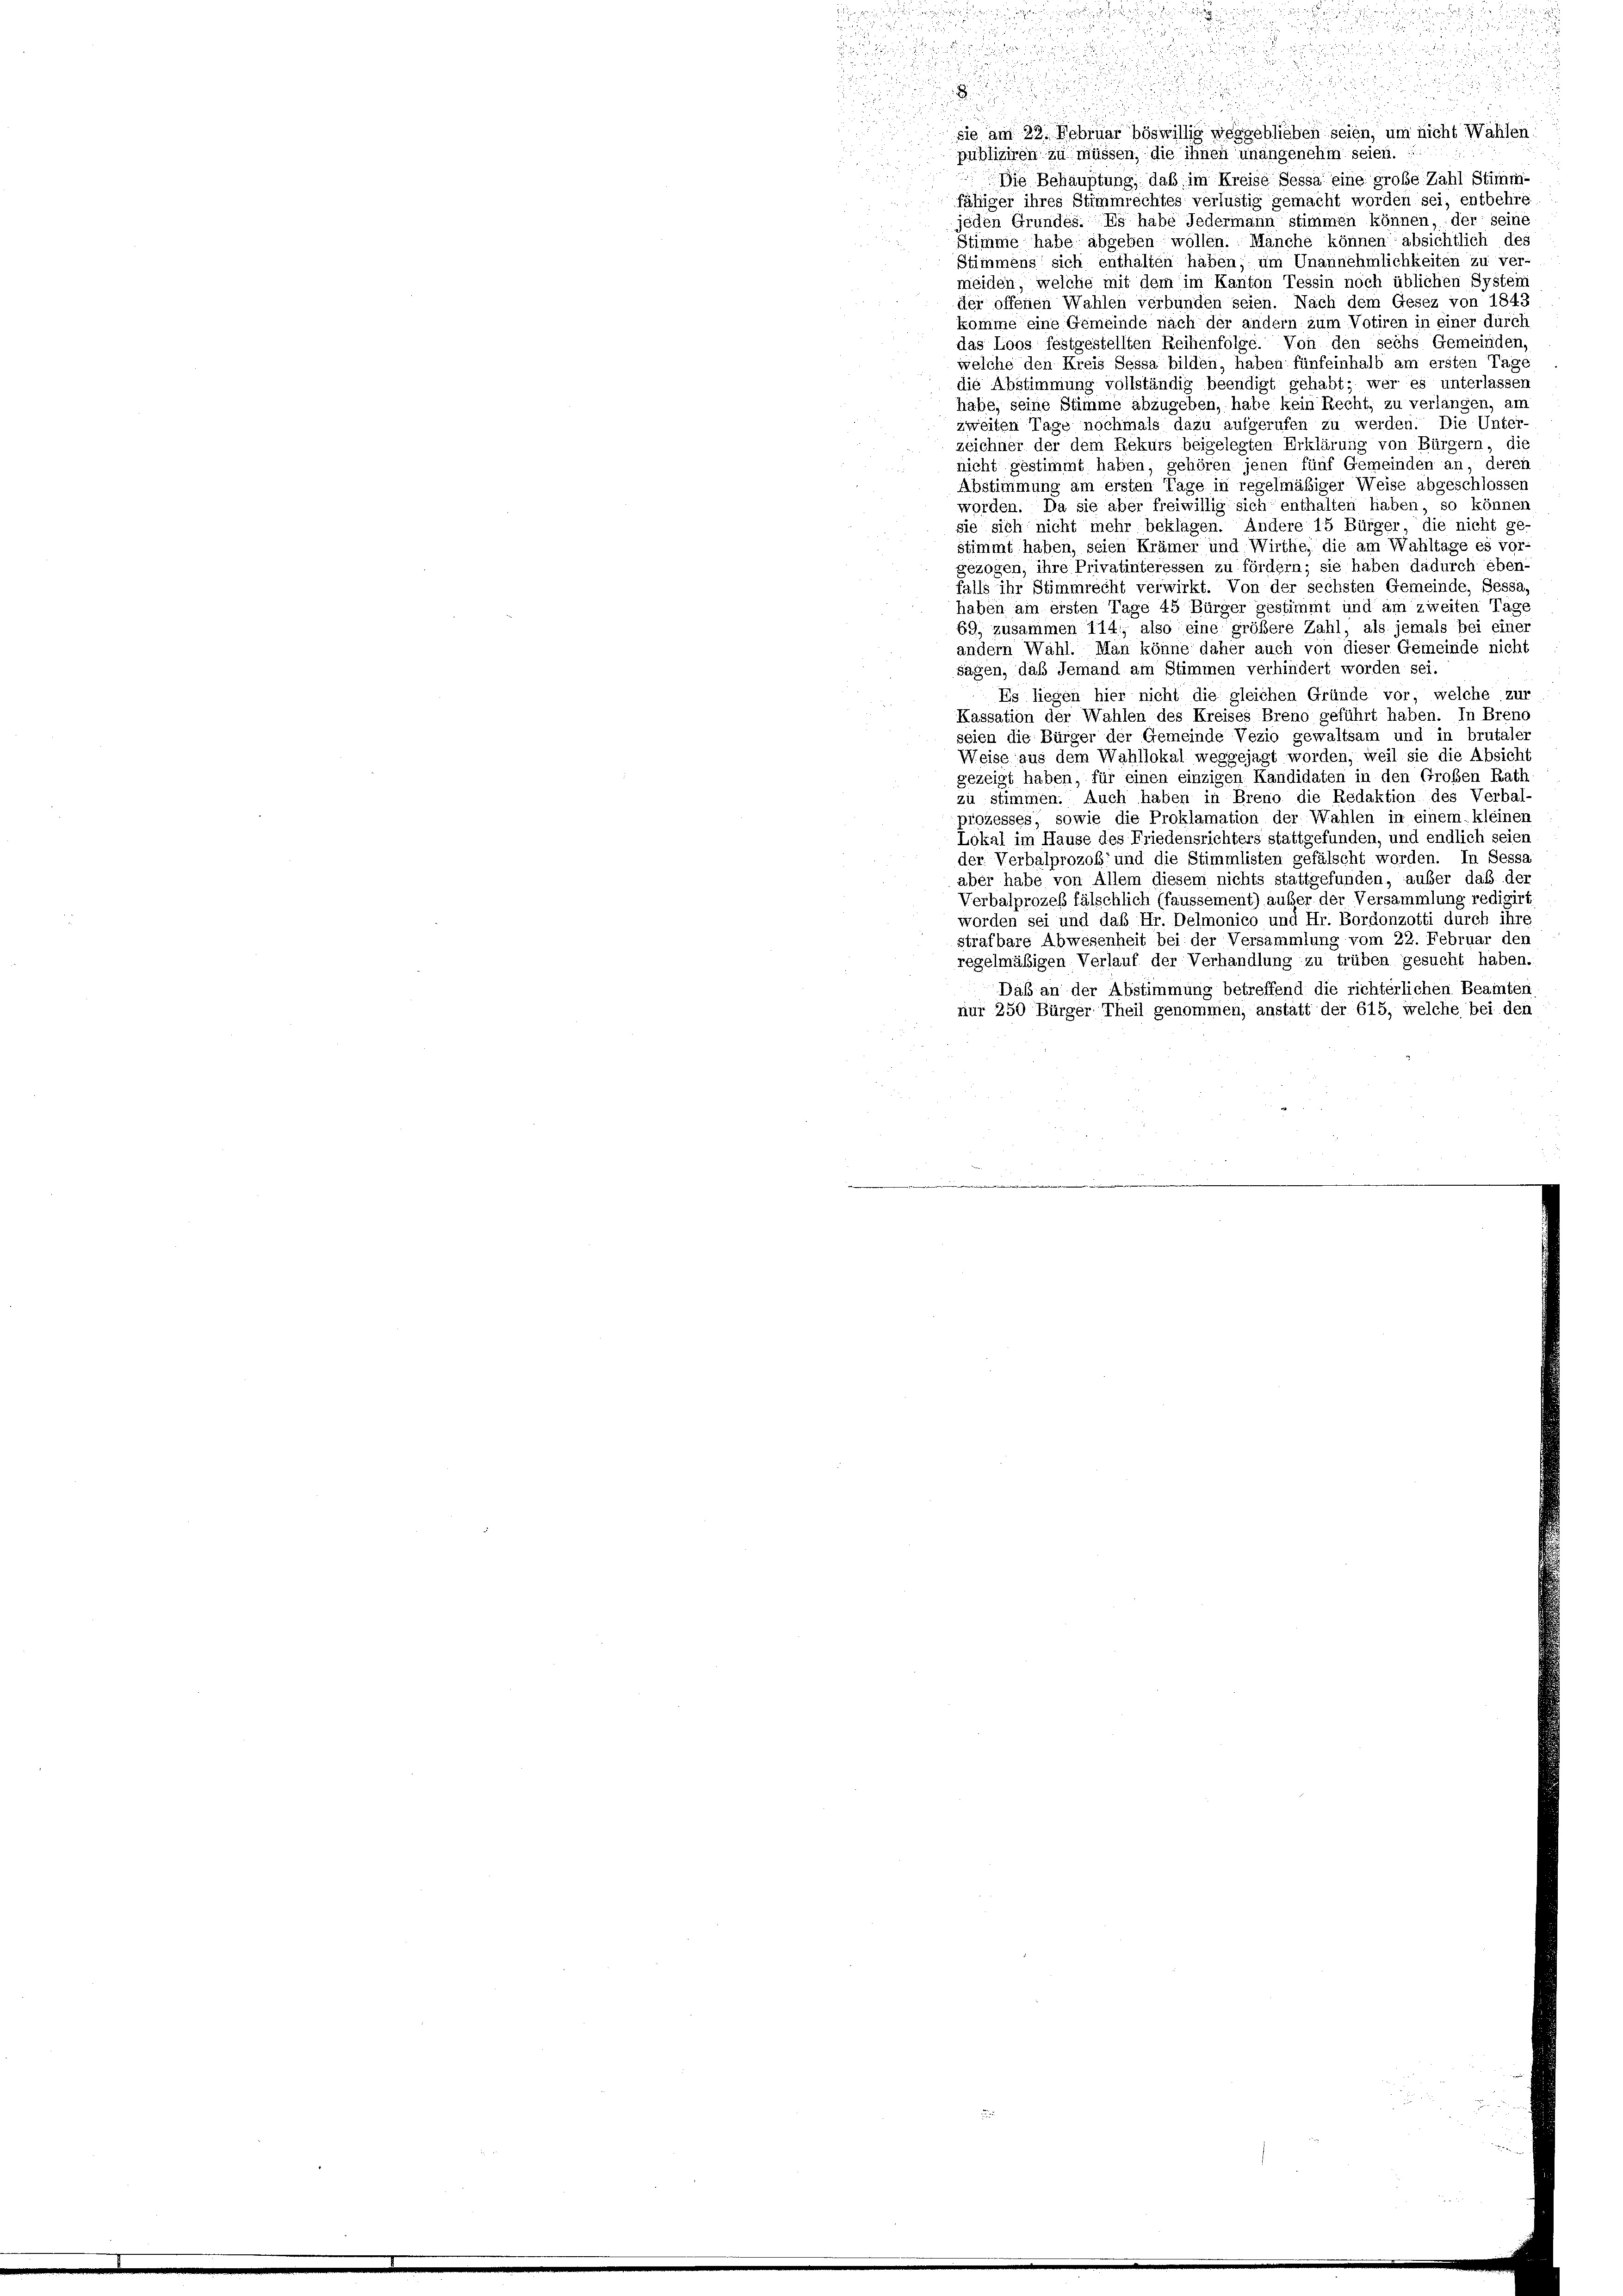
u

e
 2

sie am 23. Februar böswillig wesgeblieben seien, um nicht Wählen.
publiziren zu müssen, die ihnen unangenehm seien.
Die Behauptung, daß, im Kreise Sessa eine große Zahl Stimm-
fähiger ihres Stimmrechtes verlustig gemacht worden sei, entbehre
jeden Grundes. Es habe Jedermann stimmen können, der seine
Stimme habe abgeben wollen. Manche können absichtlich des
Stimmens sich enthalten haben; um Unannehmlichkeiten zu ver-
meiden, welche mit dem im Kanton Tessin noch üblichen Systen
der offenen Wahlen verbunden seien. Nach dem Gesez von 1843
komme eine Gemeinde nach der andern zum Votiren in einer durch
das Loos festgestellten Reihenfolge. Von den sechs Gemeinden,
welche den Kreis Sessa bilden, haben fünfeinhalb am ersten Tage
die Abstimmung vollständig beendigt gehabt; wer es unterlasser
habe, seine Stimme abzugeben, habe kein Recht, zu verlangen, am
zweiten Tage nochmals dazu aufgerufen zu werden. Die Unter-
zeichner der dem Rekurs beigelegten Erklärung von Bürgern, die
nicht gestimmt haben, gehören jenen fünf Gemeinden an, derei
Abstimmung am ersten Tage in regelmäßiger Weise abgeschlossen
worden. Da sie aber freiwillig sich enthalten haben, so können
sie sich nicht mehr beklagen. Andere 15 Bürger, die nicht ge-
stimmt haben, seien Krämer und Wirthe, die am Wahltage es vor-
gezogen, ihre Privatinteressen zu fördern; sie haben dadurch eben
falls ihr Stimmrecht verwirkt. Von der sechsten Gemeinde, Sessa
haben am ersten Tage 45 Bürger gestimmt und am zweiten Tage
69, zusammen 114, also eine größere Zahl, als jemals bei einer
andern Wahl. Man könne daher auch von dieser Gemeinde nicht
sagen, daß Jemand am Stimmen verhindert worden sei.
Es liegen hier nicht die gleichen Gründe vor, welche zur
Kassation der Wahlen des Kreises Breno geführt haben. In Breno
seien die Bürger der Gemeinde Vezio gewaltsam und in brutaler
Weise aus dem Wahllokal weggejagt worden, weil sie die Absicht
gezeigt haben, für einen einzigen Kandidaten in den Großen Rath
zu stimmen. Auch haben in Breno die Redaktion des Verbal-
prozesses, sowie die Proklamation der Wahlen in einem kleinen
Lokal im Hause des Friedensrichters stattgefunden, und endlich seien
der Verbalprozob’ und die Stimmlisten gefälscht worden. In Sessa
aber habe von Allem diesem nichts stattgefunden, auber daß der
Verbalprozeß fälschlich (faussement) außer der Versammlung redigirt
worden sei und daß Hr. Delmonico und Hr. Bordonzotti durch ihre
strafbare Abwesenheit bei der Versammlung vom 22. Februar den
regelmäßigen Verlauf der Verhandlung zu trüben gesucht haben.
Daß an der Abstimmung betreffend die richterlichen Beamten
nur 250 Bürger Theil genommen, anstatt der 615, welche bei den